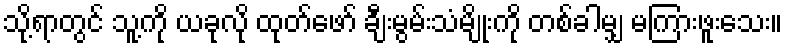
သို့ရာတွင် သူ့ကို ယခုလို ထုတ်ဖော် ချီးမွမ်းသံမျိုးကို တစ်ခါမျှ မကြားဖူးသေး။